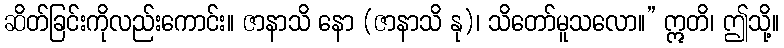
ဆိတ်ခြင်းကိုလည်းကောင်း။ ဇာနာသိ နော (ဇာနာသိ နု)၊ သိတော်မူသလော။” ဣတိ၊ ဤသို့။